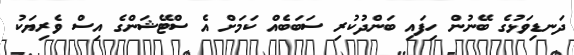
ދަނޑިވަޅުގެ ބޭނުން ހިފައި ބަންދުކުރި ސަބަބެއް ކަމަށް އެ ސްޓޭޝަންގެ އިސް ވެރިޔަކު